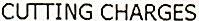
CUTTING CHARGES